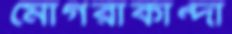
মোগরাকান্দা